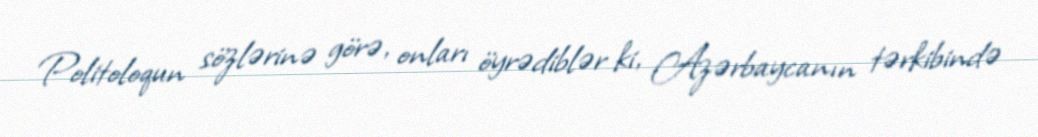
Politoloqun sözlərinə görə, onları öyrədiblər ki, Azərbaycanın tərkibində